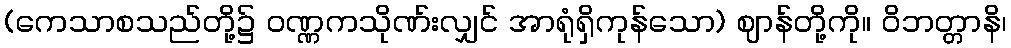
(ကေသာစသည်တို့၌ ဝဏ္ဏကသိုဏ်းလျှင် အာရုံရှိကုန်သော) ဈာန်တို့ကို။ ဝိဘတ္တာနိ၊